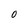
Character: O